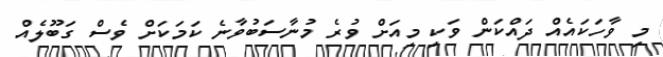
މި ވާހަކައެއް ދައްކަން ވަކި މިއަށް ވުރެ މުނާސަބުވާނެ ކަމަކަށް ވެސް ގަބޫލެއް